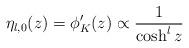
LaTeX: \begin{align*}\eta _{l,0}(z)=\phi '_{K}(z)\propto \frac{1}{\cosh ^{l}z}\end{align*}